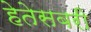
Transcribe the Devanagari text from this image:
हेतेसबरी